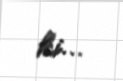
ki...